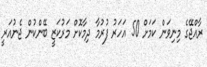
ރާއްޖޭގެ މިނިވަން ކަމަށް 50 އަހަރު ފުރުމާ ދިމާކޮށް މަރުކަޒީ ބޭންކުން ޖެނުއަރީ